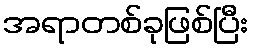
အရာတစ်ခုဖြစ်ပြီး